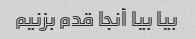
بیا بیا آنجا قدم بزنیم